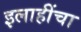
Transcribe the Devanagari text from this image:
इलाहींचा